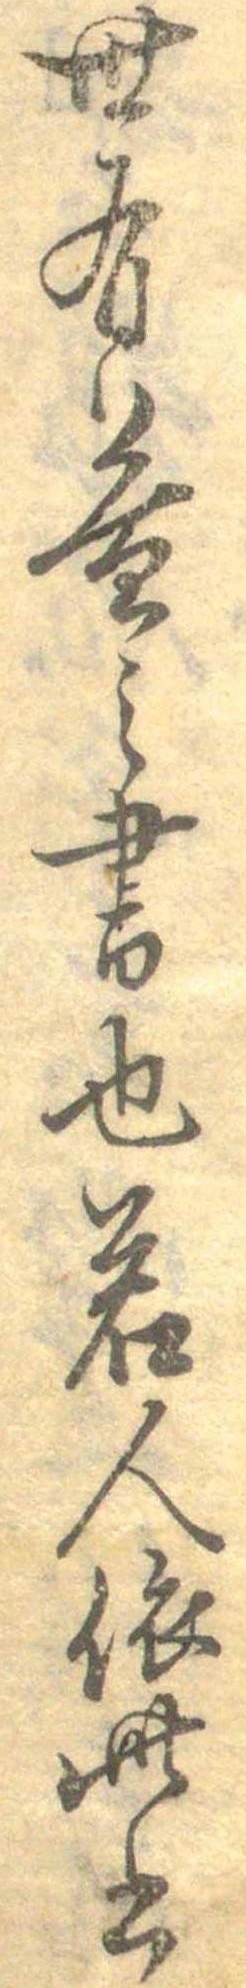
世有益之書也若人依此書